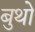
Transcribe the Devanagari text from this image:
बुथो